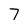
Character: 7